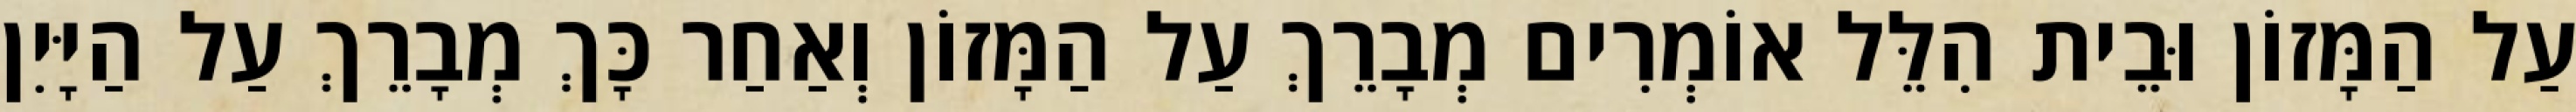
עַל הַמָּזוֹן וּבֵית הִלֵּל אוֹמְרִים מְבָרֵךְ עַל הַמָּזוֹן וְאַחַר כָּךְ מְבָרֵךְ עַל הַיָּיִן